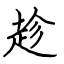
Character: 趁